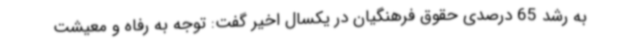
به رشد 65 درصدی حقوق فرهنگیان در یکسال اخیر گفت: توجه به رفاه و معیشت